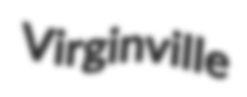
Virginville